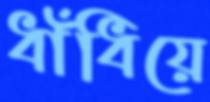
ধাঁধিয়ে